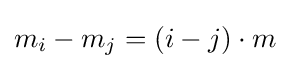
m_{i}-m_{j}=(i-j)\cdot m